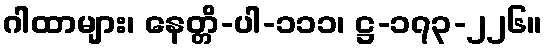
ဂါထာများ၊ နေတ္တိ-ပါ-၁၁၁၊ ဋ္ဌ-၁၇၃-၂၂၆။